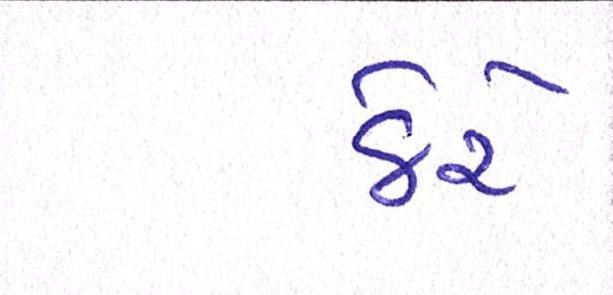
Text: ઠેરે